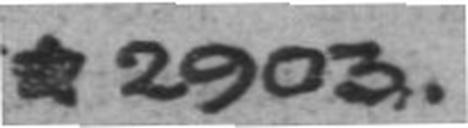
* 2903.